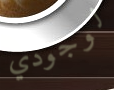
لوجودي